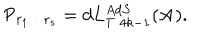
{ \sf P } _ { r _ { 1 } \cdots r _ { s } } = d L _ { T \; 4 k - 1 } ^ { A d S } ( { \bf A } ) .